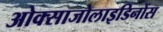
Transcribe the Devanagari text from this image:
ओक्साजोलाइडिनोंस